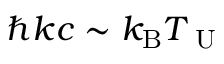
\hbar k c \sim k _ { \mathrm { B } } T _ { \mathrm { ~ U ~ } }